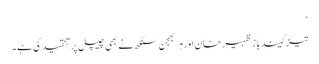
‘
تیز گیند باز ظہیر خان اور ہربھجن سنگھ نے بھی چیپل پر تنقید کی ہے۔